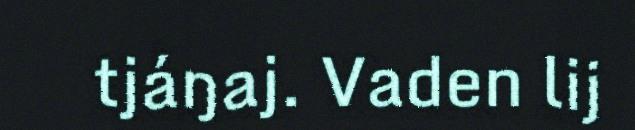
tjáŋaj. Vaden lij